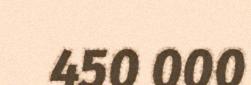
450 000